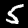
Digit: 5